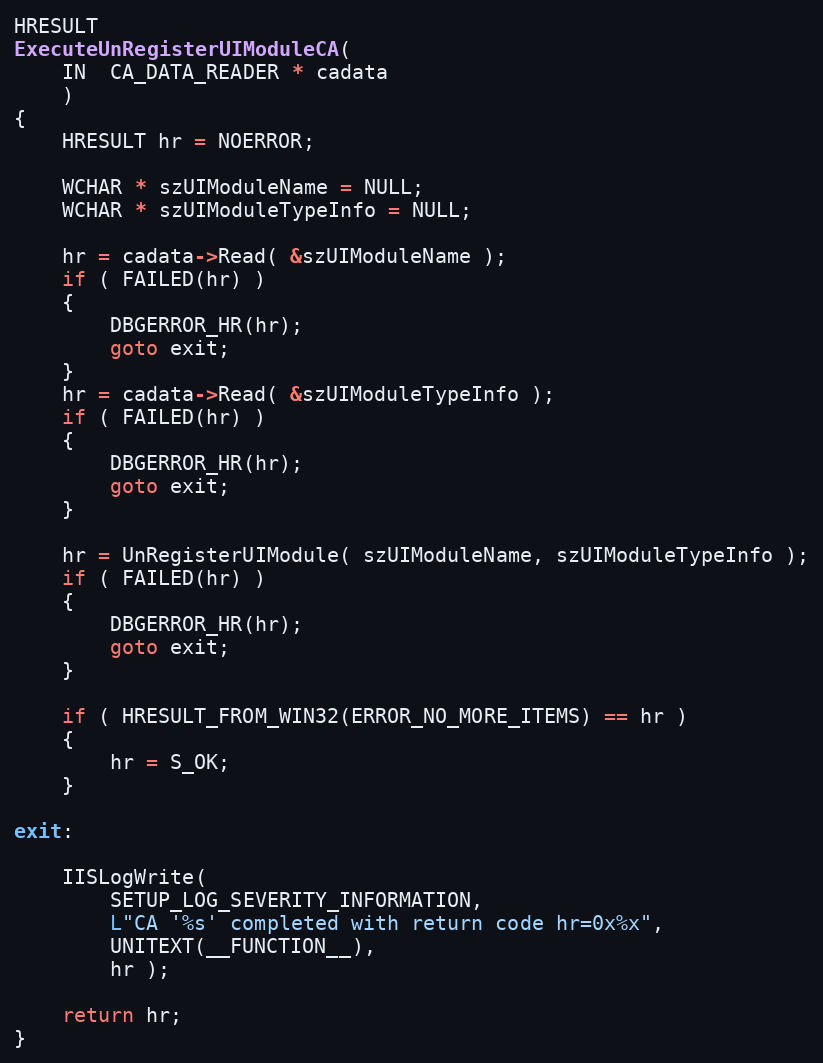
Language: C++
HRESULT
ExecuteUnRegisterUIModuleCA(
    IN  CA_DATA_READER * cadata
    )
{
    HRESULT hr = NOERROR;

    WCHAR * szUIModuleName = NULL;
    WCHAR * szUIModuleTypeInfo = NULL;

    hr = cadata->Read( &szUIModuleName );
    if ( FAILED(hr) )
    {
        DBGERROR_HR(hr);
        goto exit;
    }
    hr = cadata->Read( &szUIModuleTypeInfo );
    if ( FAILED(hr) )
    {
        DBGERROR_HR(hr);
        goto exit;
    }

    hr = UnRegisterUIModule( szUIModuleName, szUIModuleTypeInfo );
    if ( FAILED(hr) )
    {
        DBGERROR_HR(hr);
        goto exit;
    }

    if ( HRESULT_FROM_WIN32(ERROR_NO_MORE_ITEMS) == hr )
    {
        hr = S_OK;
    }

exit:

    IISLogWrite(
        SETUP_LOG_SEVERITY_INFORMATION,
        L"CA '%s' completed with return code hr=0x%x",
        UNITEXT(__FUNCTION__),
        hr );

    return hr;
}